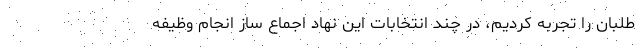
طلبان را تجربه کردیم، در چند انتخابات این نهاد اجماع ساز انجام وظیفه